V__Kingissepa_nim__kolhoos, lk 5
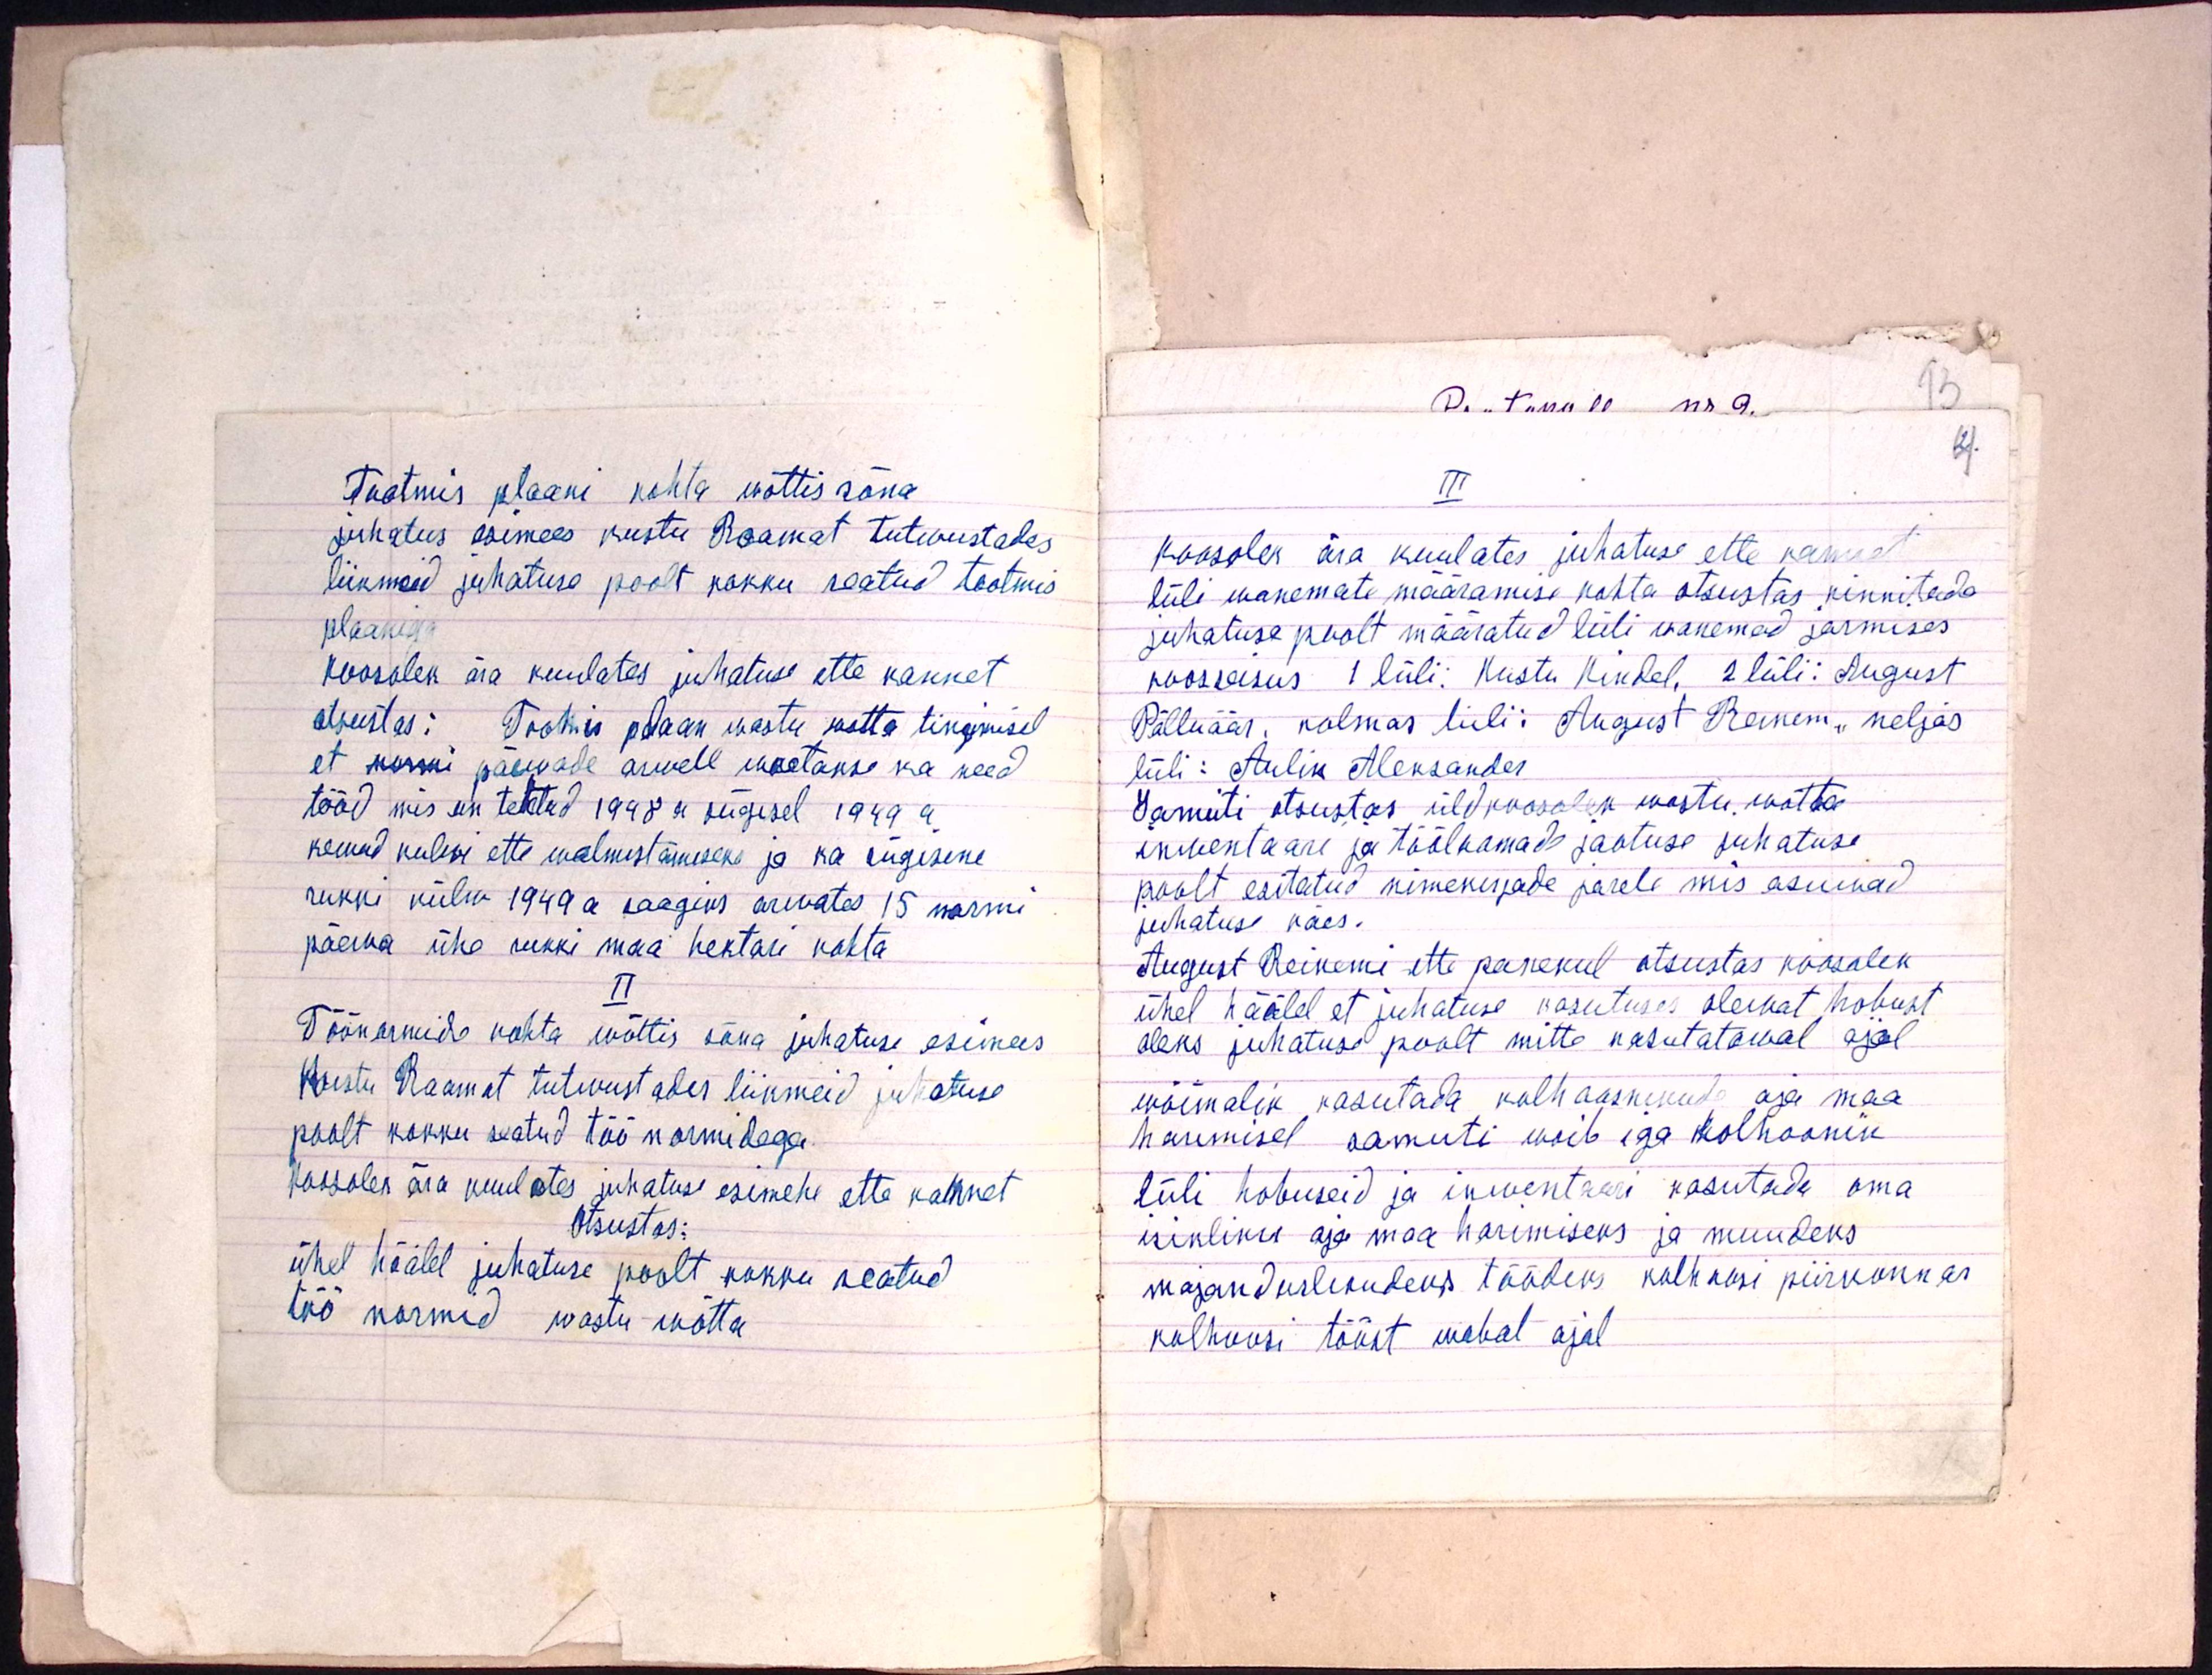
Tootmis plaani kohta wõttis sõna
juhatus esimees Kustu Raamat tutwustades
liikmeid juhatuse poolt kokku seatud tootmis
plaaniga
Koosolek ära kuulates juhatuse ette kannet
otsustas: Tootmis plaan wastu võtta tingimisel
et normi päevade arvele woetakse ka need
tööd mis on tehtud 1948 a sügisel 1949 a
kewad kulwi ette walmistamiseks ja ka sügisene
rukki külw 1949 a saagiks arvates 15 normi
päewa ühe rukki maa hektari kohta
II
Töönormide kohta wõttis sõna juhatuse esimees
Kustu Raamat tutwustades liikmeid juhatuse
poolt kokku seatud töö normidega.
Koosolek ära kuulates juhatuse esimehe ette kannet
Otsustas:
ühel häälel juhatuse poolt kokku seatud
töö normid wastu wõtta.

III
Koosolek ära kuulates juhatuse ette kannet
lüli wanemate määramise kohta otsustas kinnitada
juhatuse poolt määratud lüli wanemad järmises
koosseisus 1 lüli: Kustu Kindel, 2 lüli: August
Põlluäär, kolmas lüli: August Reinem, neljas
lüli: Aulik Aleksander
Samuti otsustas üldkoosolek wastu wõtta
inwentaari ja tööloomade jaotuse juhatuse
poolt esitatud nimekirjade järele mis asuwad
juhatuse käes.
August Reinemi ette panekul otsustas koosolek
ühel häälel et juhatuse kasutuses olewat hobust
oleks juhatuse poolt mitte kasutatawal ajal
wõimalik kasutada kolhoosnikude aja maa
harimisel samuti woib iga kolhoosnik
lüli hobuseid ja inwentaari kasutada oma
isikliku aja maa harimiseks ja muudeks
majanduslikudeks töödeks kolhoosi piirkonnas
kolhoosi tööst wabal ajal